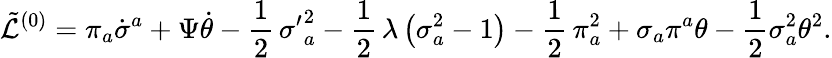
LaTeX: \tilde{\cal L}^{(0)}=\pi_{a}\dot{\sigma}^{a}+\Psi\dot{\theta}-\frac{1}{2}\, {\sigma^{\prime}}_{a}^{2}-\frac{1}{2}\, \lambda\, \bigl(\sigma_{a}^{2}-1\bigr)-\frac{1}{2}\, \pi_{a}^{2}+\sigma_{a}\pi^{a}\theta-\frac{1}{2}\sigma_{a}^{2}\theta^{2}.